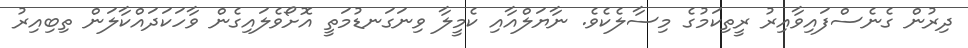
ދިރުން ގެނެސްފައިވާއިރު ރީތިކަމުގެ މިސާލެކެވެ. ނާޔަލްއާއި ކެމީލާ ވިނަގަނޑުމަތީ އޮށޯވެލައިގެން ވާހަކަދައްކާލަން ތިބިއިރު